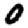
Digit: 0